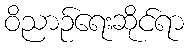
ဝိညာဉ်ရေးဆိုင်ရာ